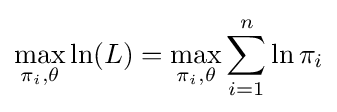
\max _{\pi _{i},\theta }\ln(L)=\max _{\pi _{i},\theta }\sum _{i=1}^{n}\ln \pi _{i}